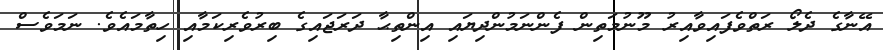
އޭނާގެ ދެލޯ ރަތްވެފައިވާއިރު މޫނުމަތިން ފެންނަމުންދިޔައި އިންތިޙާ ދަރަޖައިގެ ބިރުވެރިކަމާއި ހިތާމައެވެ. ނަމަވެސް